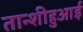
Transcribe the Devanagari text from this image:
तान्शीहुआई